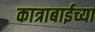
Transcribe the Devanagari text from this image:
कात्राबाईच्या